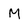
Character: M